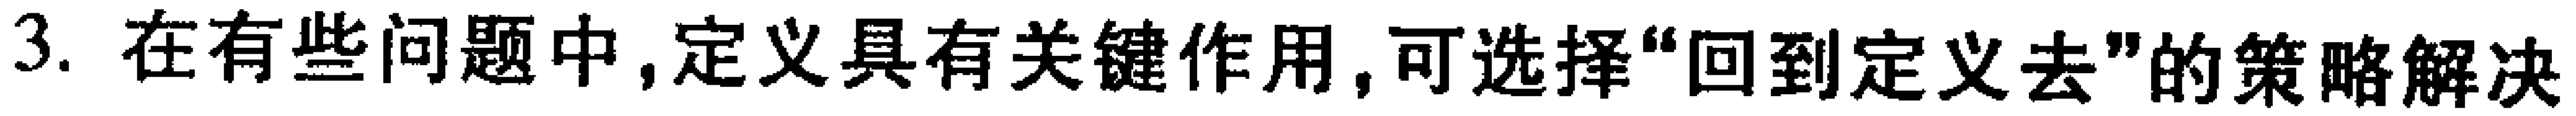
3. 在有些问题中,定义具有关键作用,可选择“回到定义去”的策略解决